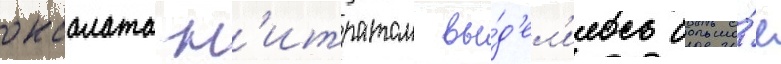
оксалата н'итратом вы́д'ел'илось большо́е